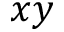
x y